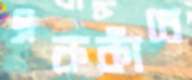
এককাঁধে